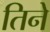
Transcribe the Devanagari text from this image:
तिनेे